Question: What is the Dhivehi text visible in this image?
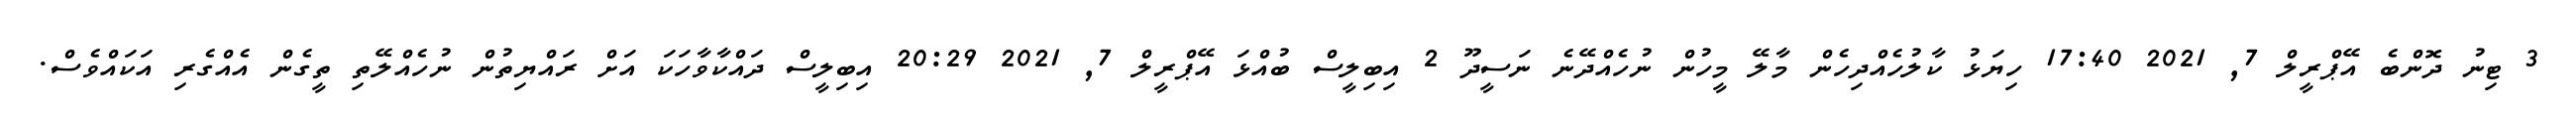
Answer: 3 ޓިނު ދޮންބެ އޭޕްރީލް 7, 2021 17:40 ހިޔަޅު ކާލުހެއްދިހެން މާލޭ މީހުން ނުހެއްދޭނެ ނަސީދޫ 2 އިބިލީސް ބުއްޅަ އޭޕްރީލް 7, 2021 20:29 އިބިލީސް ދައްކާވާހަކަ އަށް ރައްޔިތުން ނުހެއްލޭތި ތީގެން އެއްގެރި އަކައްވެސް.